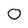
Character: O